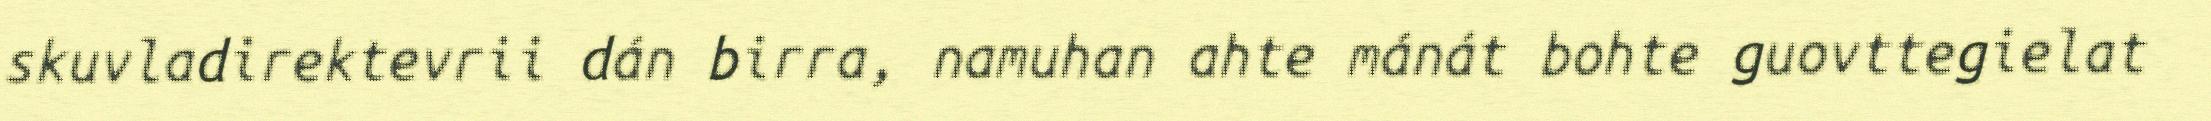
skuvladirektevrii dán birra, namuhan ahte mánát bohte guovttegielat